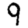
Digit: 9